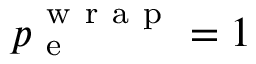
p _ { \mathrm { ~ e ~ } } ^ { \mathrm { ~ w ~ r ~ a ~ p ~ } } = 1